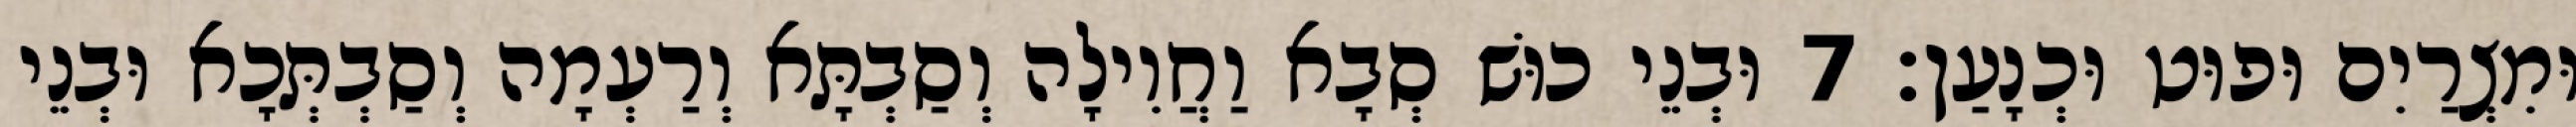
וּמִצְרַיִם וּפוּט וּכְנָעַן׃ 7 וּבְנֵי כוּשׁ סְבָא וַחֲוִילָה וְסַבְתָּא וְרַעְמָה וְסַבְתְּכָא וּבְנֵי